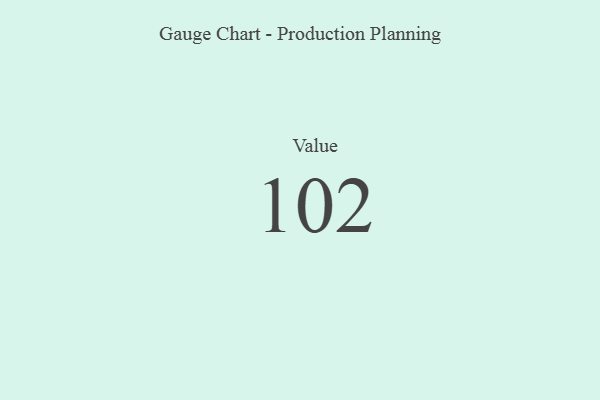
{"axis": {"x": "Metric", "y": "Value"}, "legend": [""], "data": [{"x": "Value", "y": 102, "type": ""}]}